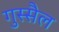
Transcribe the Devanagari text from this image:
गुस्‍सैल